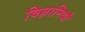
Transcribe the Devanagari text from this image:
विज्ञानियो